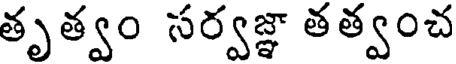
తృత్వం సర్వజ్ఞా తత్వంచ